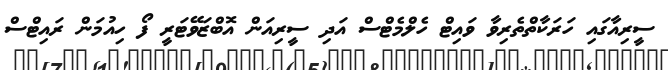
ސީރިއާގައި ހަރަކާތްތެރިވާ ވައިޓް ހެލްމެޓްސް އަދި ސީރިއަން އޮބްޒަވޭޓަރީ ފޯ ހިއުމަން ރައިޓްސް